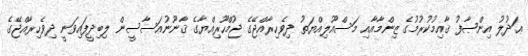
ޢަދުލު އިންޞާފު ޤާއިމުކުރުމުގެ ޒިންމާއާއި މަސްއޫލިއްޔަތު ދިވެހިރާއްޖޭގެ ޖުމްހޫރިއްޔާގެ ޤާނޫނުއަސާސީން ލިބިދީފައިވަނީ ދިވެހިރާއްޖޭގެ